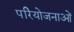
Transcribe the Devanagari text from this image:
परिेयोजनाओं